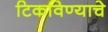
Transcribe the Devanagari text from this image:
टिकविण्याचे